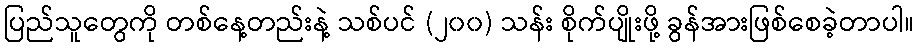
ပြည်သူတွေကို တစ်နေ့တည်းနဲ့ သစ်ပင် (၂၀၀) သန်း စိုက်ပျိုးဖို့ ခွန်အားဖြစ်စေခဲ့တာပါ။